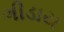
ગીડાય